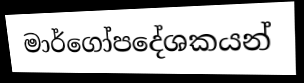
මාර්ගෝපදේශකයන්